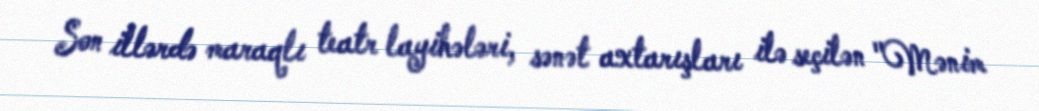
Son illərdə maraqlı teatr layihələri, sənət axtarışları ilə seçilən "Mənim